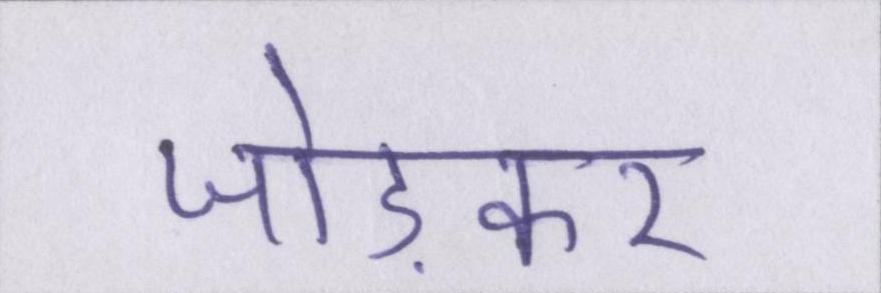
जोड़कर